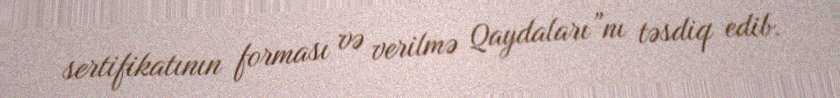
sertifikatının forması və verilmə Qaydaları”nı təsdiq edib.